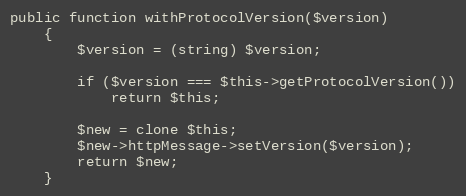
Language: PHP
public function withProtocolVersion($version)
    {
        $version = (string) $version;

        if ($version === $this->getProtocolVersion())
            return $this;

        $new = clone $this;
        $new->httpMessage->setVersion($version);
        return $new;
    }